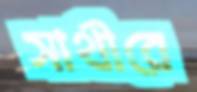
সাথীরে